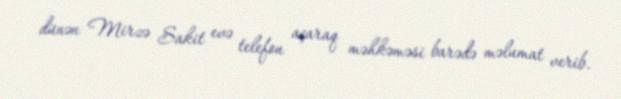
dünən Mirzə Sakit evə telefon açaraq məhkəməsi barədə məlumat verib.